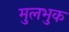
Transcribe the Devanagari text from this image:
मुलभुक